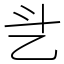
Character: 乧